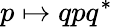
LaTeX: p\mapsto qpq^{*}\,